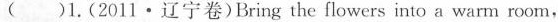
( )1.(2011·辽宁卷)Bring the flowers into a warm room，